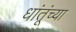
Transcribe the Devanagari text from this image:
धांतूंच्या